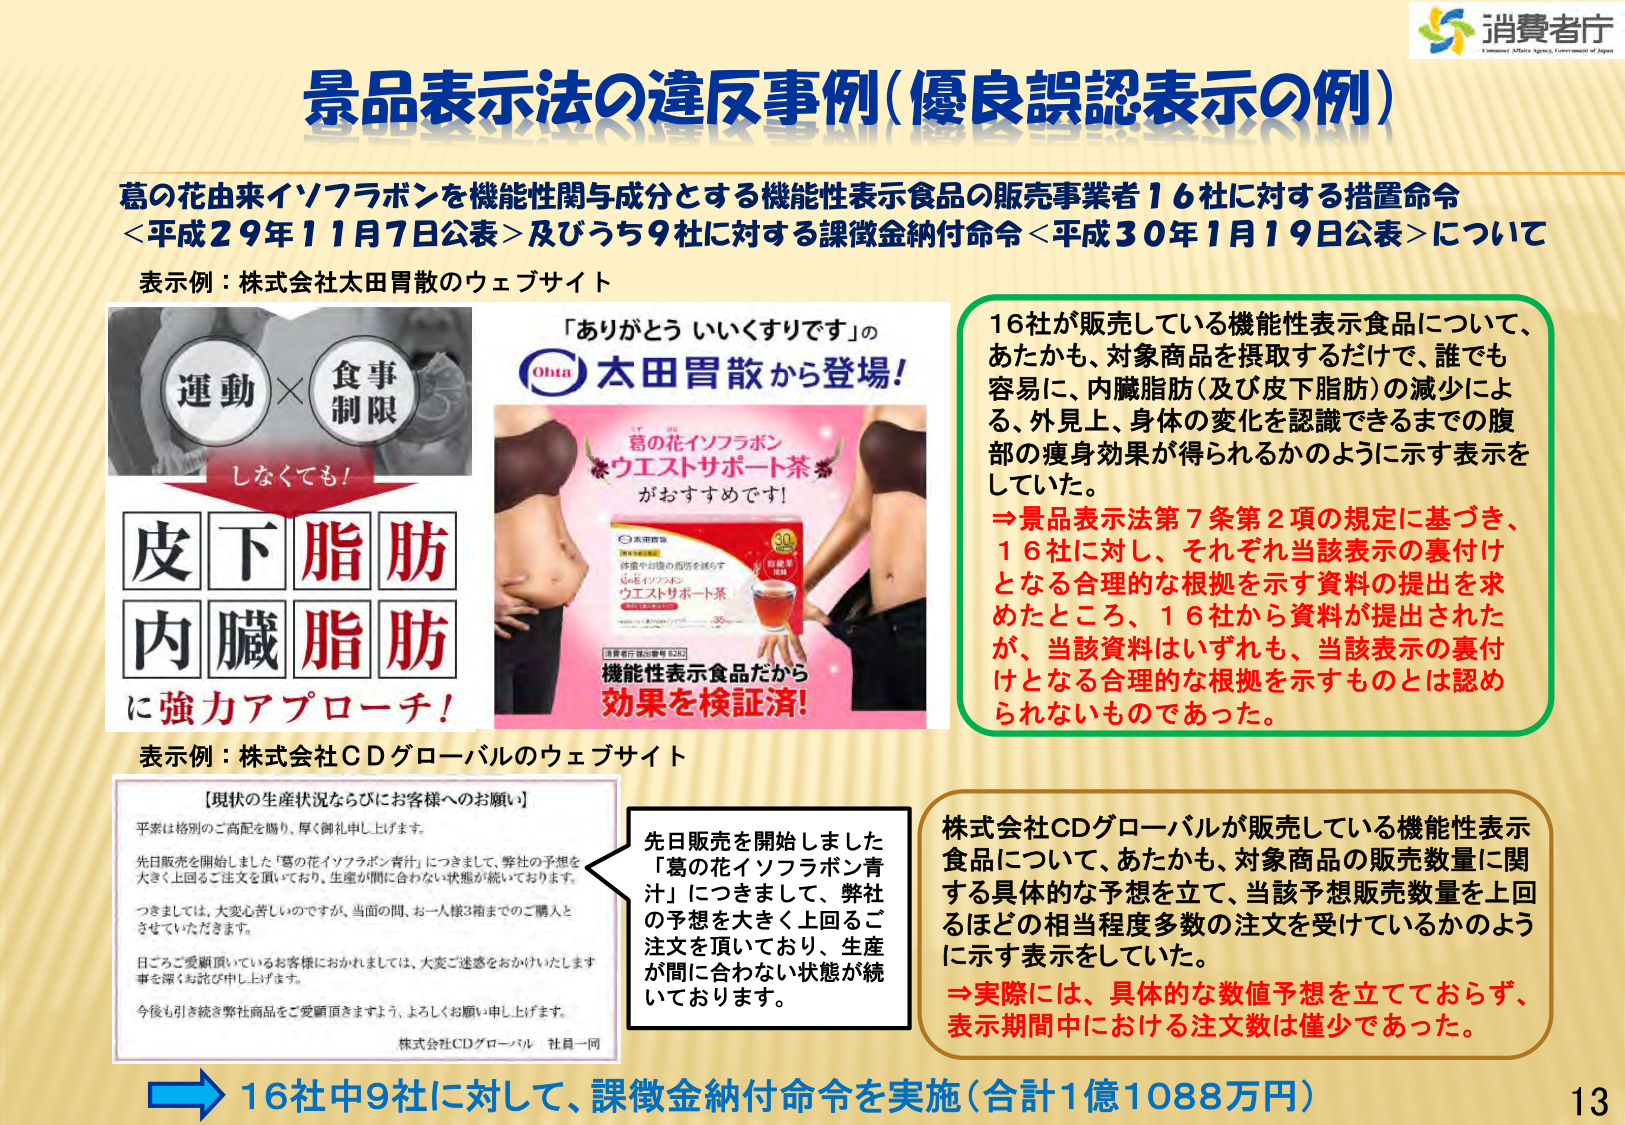
景品表示法の違反事例（優良誤認表示の例）

葛の花由来イソフラボンを機能性関与成分とする機能性表示食品の販売事業者16社に対する措置命令
＜平成29年11月7日公表＞及びうち9社に対する課徴金納付命令＜平成30年1月19日公表＞について

表示例：株式会社太田胃散のウェブサイト

「ありがとう いくすりです」の
Ohta 太田胃散から登場！

葛の花イソフラボン
ウエストサポート茶
がおすすめです！

体重やお腹の脂肪を減らす
葛の花イソフラボン
ウエストサポート茶

消費者庁 認定番号 5262
機能性表示食品だから
効果を検証済！

運動 × 食事制限
しなくても！

皮下脂肪
内臓脂肪
に強力アプローチ！

16社が販売している機能性表示食品について、
あたかも、対象商品を摂取するだけで、誰でも
容易に、内臓脂肪（及び皮下脂肪）の減少によ
る、外見上、身体の変化を認識できるまでの腹
部の痩身効果が得られるかのように示す表示を
していた。

⇒景品表示法第7条第2項の規定に基づき、
16社に対し、それぞれ当該表示の裏付け
となる合理的な根拠を示す資料の提出を求
めたところ、16社から資料が提出された
が、当該資料はいずれも、当該表示の裏付
けとなる合理的な根拠を示すものとは認め
られないものであった。

表示例：株式会社CDグローバルのウェブサイト

【現状の生産状況ならびにお客様へのお願い】
平素は格別のご高配を賜り、厚く御礼申し上げます。
先日販売を開始しました「葛の花イソフラボン青汁」につきまして、弊社の予想を
大きく上回るご注文を頂いており、生産が間に合わない状態が続いております。
つきましては、大変心苦しいのですが、当面の間、お一人様3箱までのご購入と
させていただきます。
日ごろご愛顧頂いているお客様におかれましては、大変ご迷惑をおかけいたします
事を深くお詫び申し上げます。
今後も引き続き弊社商品をご愛顧頂きますよう、よろしくお願い申し上げます。
株式会社CDグローバル 社員一同

先日販売を開始しました
「葛の花イソフラボン青汁」につきまして、弊社の
予想を大きく上回るご
注文を頂いており、生産
が間に合わない状態が続
いております。

株式会社CDグローバルが販売している機能性表示
食品について、あたかも、対象商品の販売数量に関
する具体的な予想を立て、当該予想販売数量を上回
るほどの相当程度多数の注文を受けているかのよう
に示す表示をしていた。

⇒実際には、具体的な数値予想を立てておらず、
表示期間中における注文数は僅少であった。

⇒16中9社に対して、課徴金納付命令を実施（合計1億1088万円）

13

消費者庁
Consumer Affairs Agency, Government of Japan